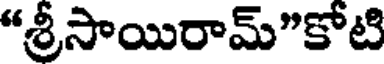
"శ్రీసాయిరామ్"కోటి